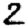
Digit: 2